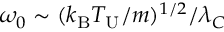
\omega _ { 0 } \sim ( k _ { \mathrm { B } } T _ { \mathrm { U } } / m ) ^ { 1 / 2 } / \lambda _ { C }